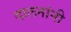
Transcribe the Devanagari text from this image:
दालनांनी